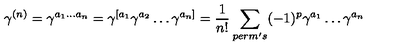
\gamma ^ { ( n ) } = \gamma ^ { a _ { 1 } \ldots a _ { n } } = \gamma ^ { [ a _ { 1 } } \gamma ^ { a _ { 2 } } \ldots \gamma ^ { a _ { n } ] } = \frac { 1 } { n ! } \sum _ { p e r m ^ { \prime } s } ( - 1 ) ^ { p } \gamma ^ { a _ { 1 } } \ldots \gamma ^ { a _ { n } }